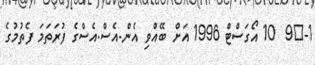
1-	9  10 އޯގަސްޓް 1996 އަށް ބޭއްވި އެން.އެސް.އެސްގެ ފުރަތަމަ ފެތުމުގެ